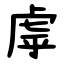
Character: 虖